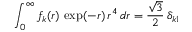
\int _ { 0 } ^ { \infty } f _ { k } ( r ) \, \exp ( - r ) \, r ^ { 4 } \, d r = \frac { \sqrt { 3 } } { 2 } \, \delta _ { k 1 }